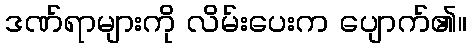
ဒဏ်ရာများကို လိမ်းပေးက ပျောက်၏။